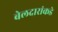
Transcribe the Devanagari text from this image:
बेलदारांकडे